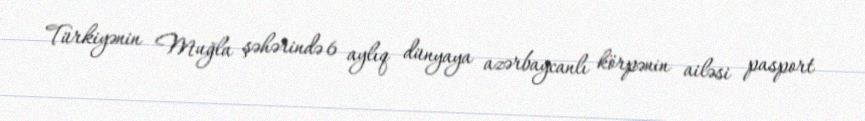
Türkiyənin Muğla şəhərində 6 aylıq dünyaya azərbaycanlı körpənin ailəsi pasport